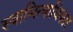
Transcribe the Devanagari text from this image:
स्वामित्वाधिकार